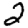
Digit: 2